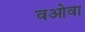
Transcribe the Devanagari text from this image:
वओवा